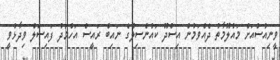
ވީނިއުސްއަށް މައުލޫމާތު ދެއްވަމުން އިސްދޫ ކައުންސިލްގެ ނައިބް ރައީސް އަހްމަދު ފައިސަލް ވިދާޅުވީ